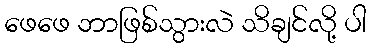
ဖေဖေ ဘာဖြစ်သွားလဲ သိချင်လို့ ပါ